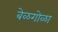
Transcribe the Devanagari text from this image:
बेळगोळा